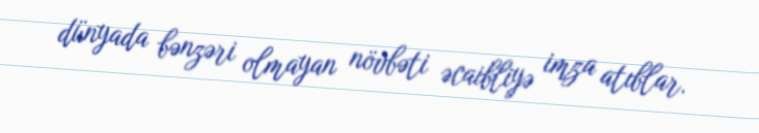
dünyada bənzəri olmayan növbəti əcaibliyə imza atıblar.